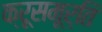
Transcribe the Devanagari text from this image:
क्रूसमूर्ति